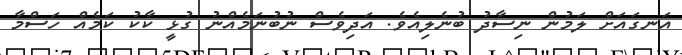
އަނގައަށް ލަމުން ނިސާދު ބުނެލިއެވެ. އަދިވެސް ނުބުނަމެއްނު ގުޅީ ކާކު ކަމެއް ހަސްމާ